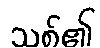
သစ်၏